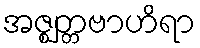
အဇ္ဈတ္တဗာဟိရာ